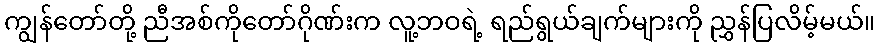
ကျွန်တော်တို့ ညီအစ်ကိုတော်ဂိုဏ်းက လူ့ဘဝရဲ့ ရည်ရွယ်ချက်များကို ညွှန်ပြလိမ့်မယ်။